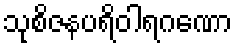
သုစိဇနပရိဝါရဂဏော